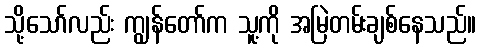
သို့သော်လည်း ကျွန်တော်က သူ့ကို အမြဲတမ်းချစ်နေသည်။